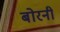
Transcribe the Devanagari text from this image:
बोरनी